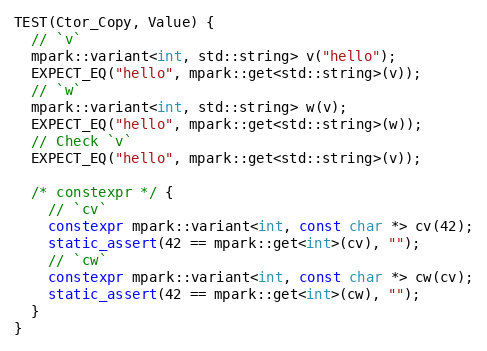
Language: C++
TEST(Ctor_Copy, Value) {
  // `v`
  mpark::variant<int, std::string> v("hello");
  EXPECT_EQ("hello", mpark::get<std::string>(v));
  // `w`
  mpark::variant<int, std::string> w(v);
  EXPECT_EQ("hello", mpark::get<std::string>(w));
  // Check `v`
  EXPECT_EQ("hello", mpark::get<std::string>(v));

  /* constexpr */ {
    // `cv`
    constexpr mpark::variant<int, const char *> cv(42);
    static_assert(42 == mpark::get<int>(cv), "");
    // `cw`
    constexpr mpark::variant<int, const char *> cw(cv);
    static_assert(42 == mpark::get<int>(cw), "");
  }
}